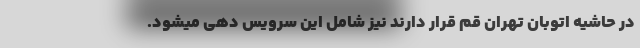
در حاشیه اتوبان تهران قم قرار دارند نیز شامل این سرویس دهی میشود.